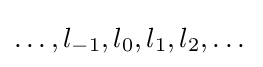
\dots ,l_{-1},l_{0},l_{1},l_{2},\dots